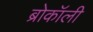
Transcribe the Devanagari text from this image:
ब्रोकॉली